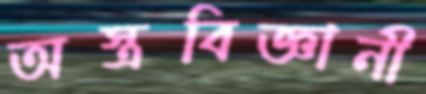
অস্ত্রবিজ্ঞানী